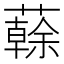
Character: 𧁀